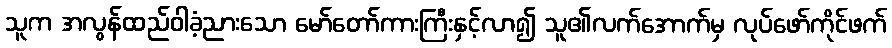
သူက အလွန်ထည်ဝါခံ့ညားသော မော်တော်ကားကြီးနှင့်လာ၍ သူ၏လက်အောက်မှ လုပ်ဖော်ကိုင်ဖက်